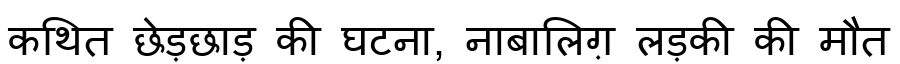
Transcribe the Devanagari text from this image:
कथित छेड़छाड़ की घटना, नाबालिग़ लड़की की मौत